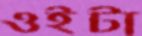
ওইটা